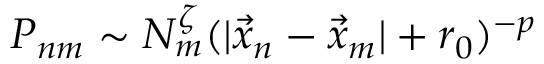
P _ { n m } \sim N _ { m } ^ { \zeta } ( | \vec { x } _ { n } - \vec { x } _ { m } | + r _ { 0 } ) ^ { - p }